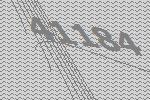
41184